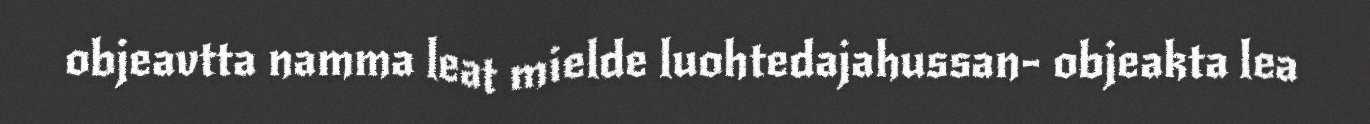
objeavtta namma leat mielde luohtedajahussan- objeakta lea